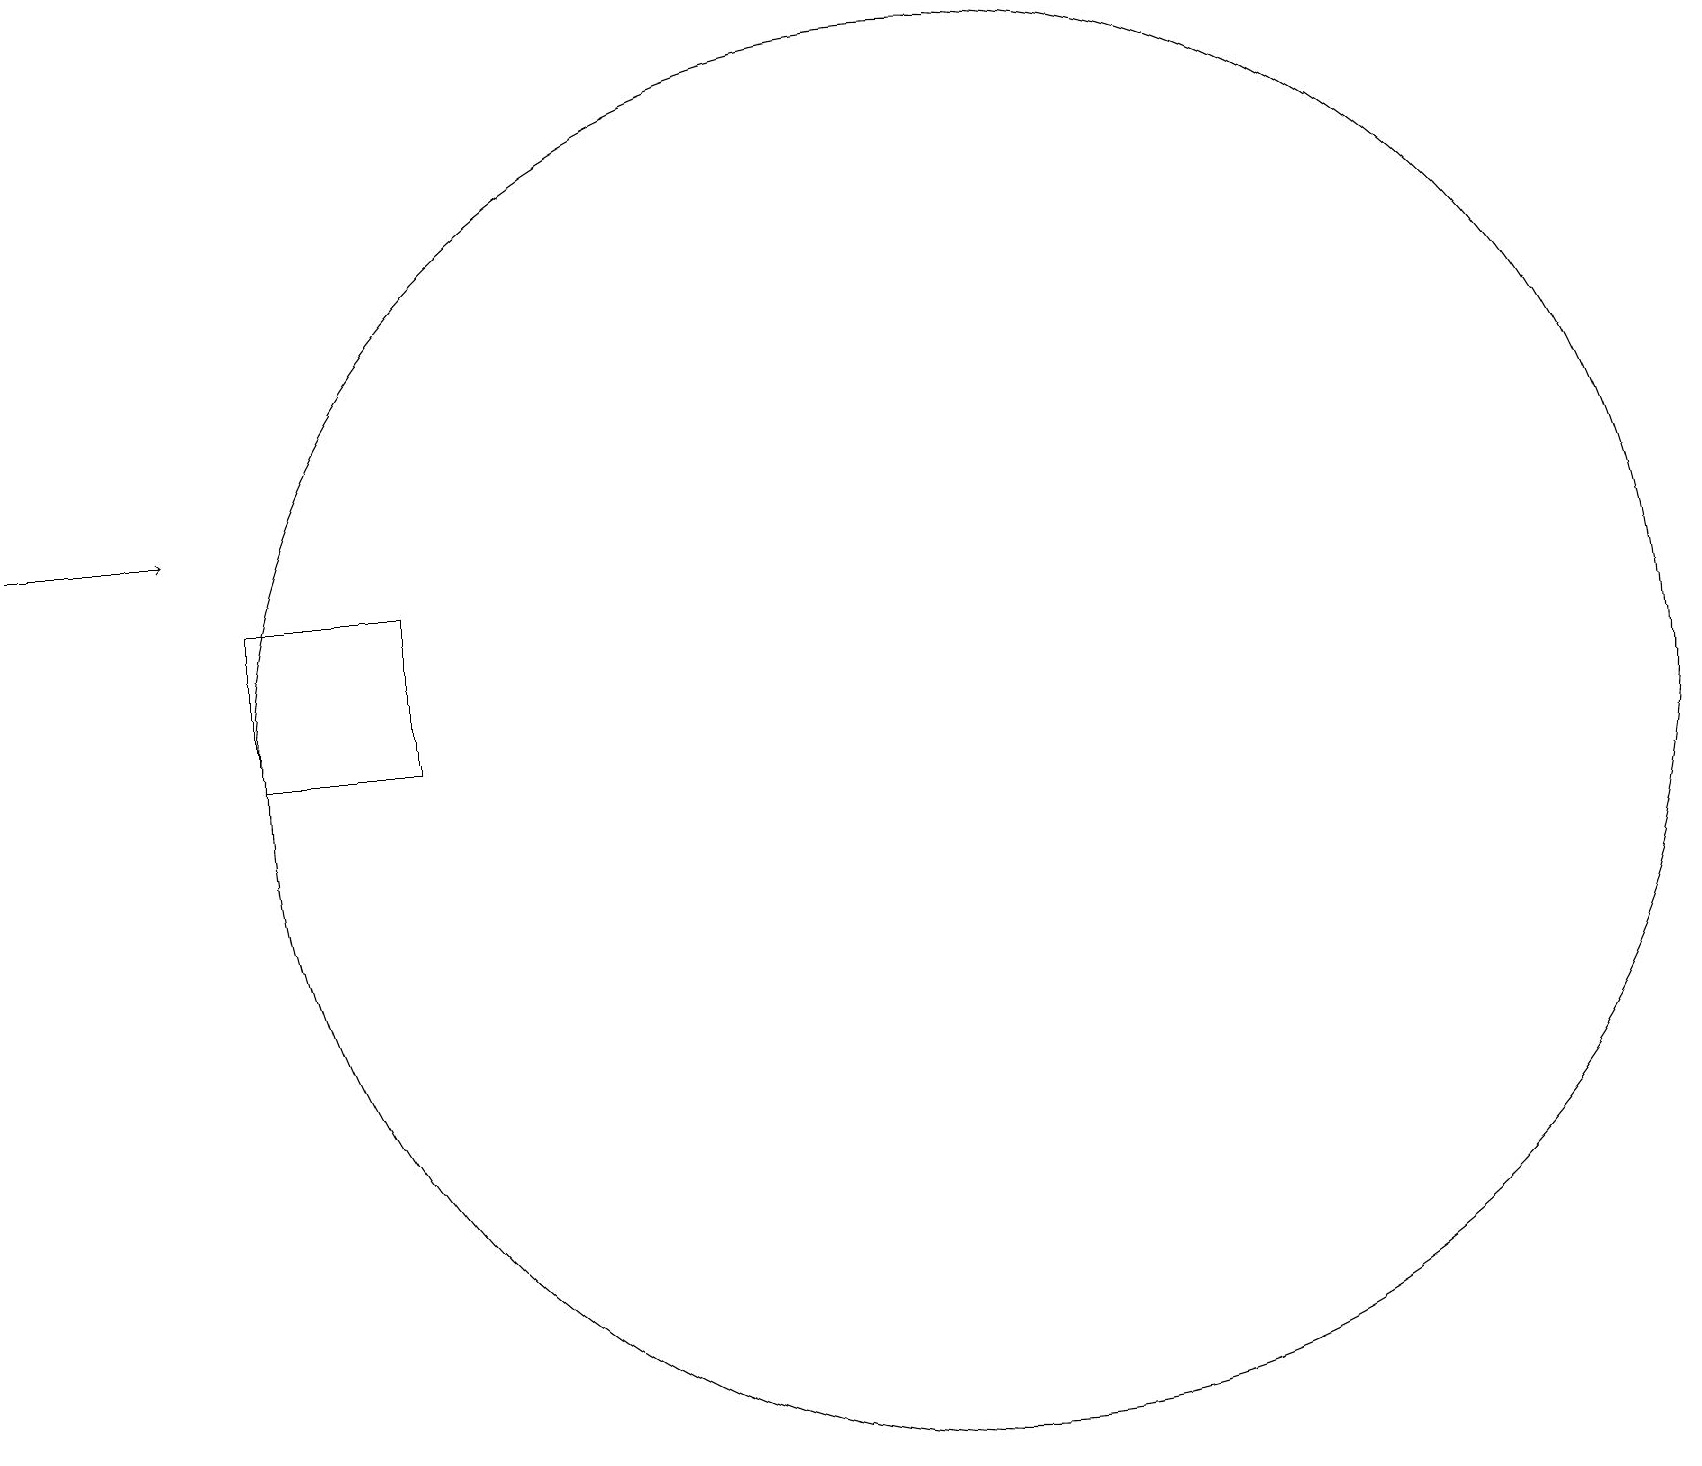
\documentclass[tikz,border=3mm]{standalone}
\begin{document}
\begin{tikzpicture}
\draw[->] (0,13) -- (2,13);
\draw (3,12) rectangle (5,10);
\draw (12,10) circle (9);
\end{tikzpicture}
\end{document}